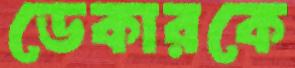
ডেকারকে